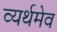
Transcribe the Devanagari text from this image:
व्यर्थमेव